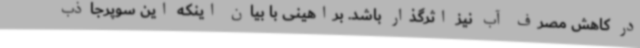
در کاهش مصرف آب نیز اثرگذار باشد. براهینی با بیان اینکه این سوپرجاذب